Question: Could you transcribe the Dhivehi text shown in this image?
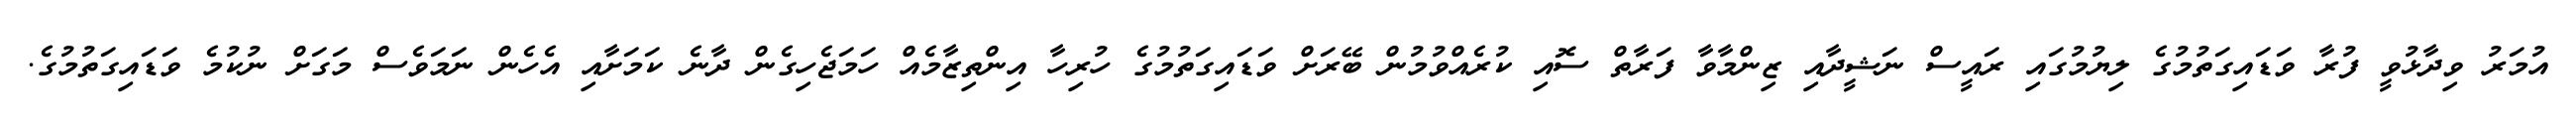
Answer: އުމަރު ވިދާޅުވީ ފުރާ ވަޑައިގަތުމުގެ ލިޔުމުގައި ރައީސް ނަޝީދާއި ޒިންމާވާ ފަރާތް ސޮއި ކުރެއްވުމުން ބޭރަށް ވަޑައިގަތުމުގެ ހުރިހާ އިންތިޒާމެއް ހަމަޖެހިގެން ދާނެ ކަމަށާއި އެހެން ނަމަވެސް މަގަށް ނުކުމެ ވަޑައިގަތުމުގެ.